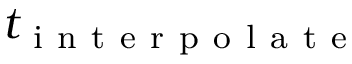
t _ { \mathrm { ~ i ~ n ~ t ~ e ~ r ~ p ~ o ~ l ~ a ~ t ~ e ~ } }